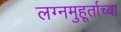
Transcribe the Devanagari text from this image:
लग्नमुहूर्ताच्या